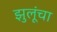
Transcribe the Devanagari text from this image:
झुलूंचा